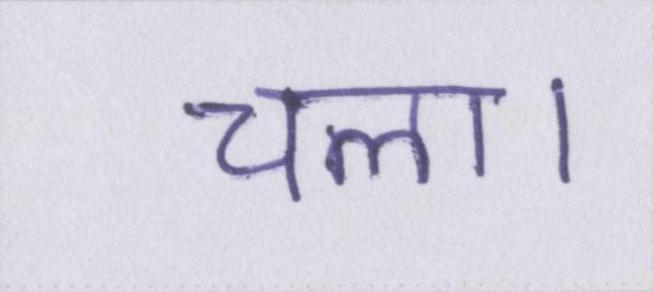
चला।